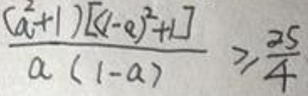
\[
\frac{(a^{2}+1)[(1 - a)^{2}+1]}{a(1 - a)}\geq\frac{25}{4}
\]